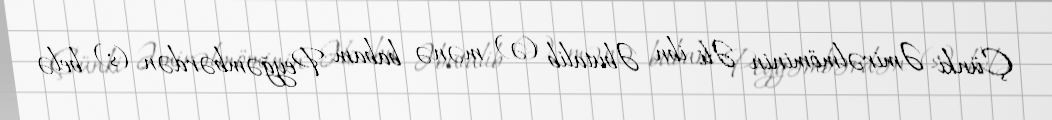
Çünki Əmirəlmöminin Əli ibn Əbutalib (ə) mənə babam Peyğəmbərdən (s) belə